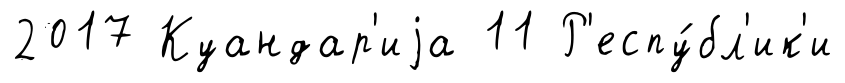
2017 Куандар'иjа 11 Р'еспу́бл'ик'и